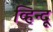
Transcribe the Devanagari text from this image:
व्हिन्दू